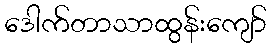
ဒေါက်တာသာထွန်းကျော်